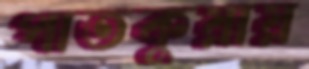
পাতকুয়ায়